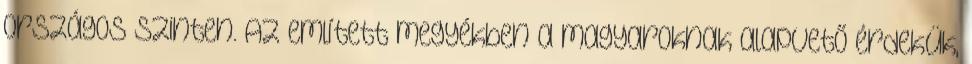
országos szinten. Az említett megyékben a magyaroknak alapvető érdekük,